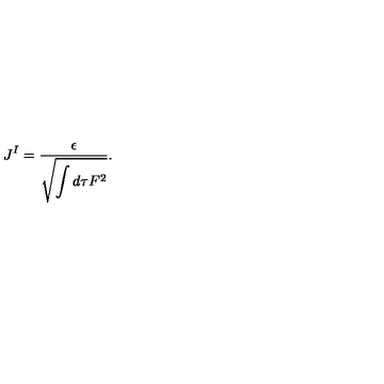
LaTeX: J ^ { I } = { \frac { \epsilon } { \displaystyle \sqrt { \int d \tau F ^ { 2 } } } } .